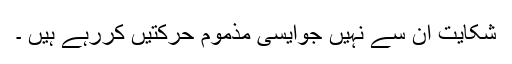
شکایت ان سے نہیں جوایسی مذموم حرکتیں کررہے ہیں ۔